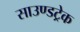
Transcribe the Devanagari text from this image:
साउण्डट्रेक